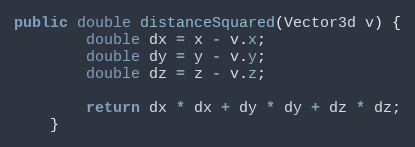
Language: Java
public double distanceSquared(Vector3d v) {
        double dx = x - v.x;
        double dy = y - v.y;
        double dz = z - v.z;

        return dx * dx + dy * dy + dz * dz;
    }